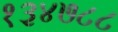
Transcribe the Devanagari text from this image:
१३४७८८